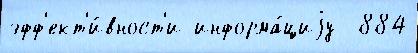
эфф'ект'и́вност'и информа́циjу  884